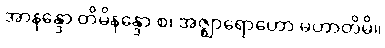
အာနန္ဒော တိမိနန္ဒော စ၊ အဇ္ဈာရောဟော မဟာတိမိ။